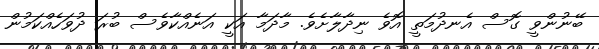
ބޭނުންވީ ގޮސް އެނދުމަތީ އޮވެ ނިދާލާށެވެ. މާދަމާ އަކީ އަނެއްކާވެސް ބުރަ ދުވަހެއްކަމުން